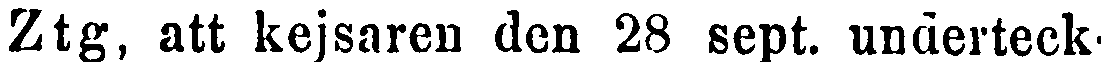
Ztg. att kejsaren den 28 sept. underteck-